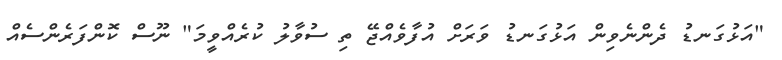
"އަޅުގަނޑު ދެންނެވިން އަޅުގަނޑު ވަރަށް އުފާވެއްޖޭ ތި ސުވާލު ކުރެއްވީމަ" ނޫސް ކޮންފަރެންސެއް